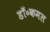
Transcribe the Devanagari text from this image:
डॉ॰कमल